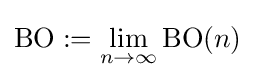
\operatorname {BO} :=\lim _{n\rightarrow \infty }\operatorname {BO} (n)